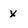
Character: X